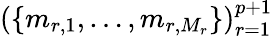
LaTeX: (\{ m_{r,1},\ldots,m_{r,M_{r}}\} )_{r=1}^{p+1}